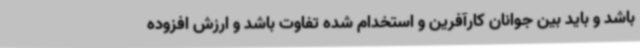
باشد و باید بین جوانان کارآفرین و استخدام شده تفاوت باشد و ارزش افزوده